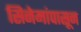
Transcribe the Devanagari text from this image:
सिनेमांपासून